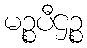
မဉ္စပီဌဉ္စ